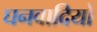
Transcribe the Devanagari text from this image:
घनवादियों